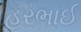
હરભાઈ